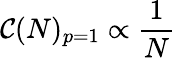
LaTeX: \mathcal{C}(N)_{p=1}\propto\frac{{1}}{{N}}